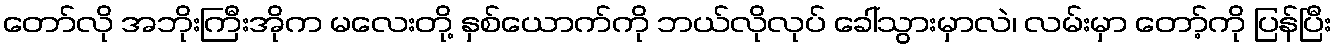
တော်လို အဘိုးကြီးအိုက မလေးတို့ နှစ်ယောက်ကို ဘယ်လိုလုပ် ခေါ်သွားမှာလဲ၊ လမ်းမှာ တော့်ကို ပြန်ပြီး